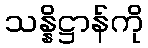
သန္နိဋ္ဌာန်ကို